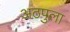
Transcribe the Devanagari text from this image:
अठपुला